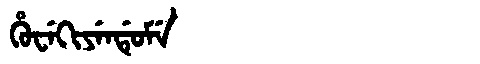
Manchu: ᡥᡠᠸᡝᡴᡳᠶᡝᠨᡩᡠᠮᡝ
Romanization: HUWEKIYENDUME